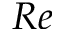
R e